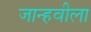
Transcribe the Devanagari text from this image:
जान्हवीला